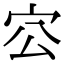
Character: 㝐